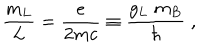
\frac { m _ { L } } { L } = \frac { e } { 2 m c } \equiv \frac { g _ { L } \; m _ { B } } { \hbar } \; ,